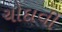
ચોદાવી